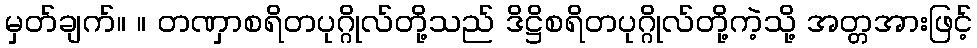
မှတ်ချက်။ ။ တဏှာစရိတပုဂ္ဂိုလ်တို့သည် ဒိဋ္ဌိစရိတပုဂ္ဂိုလ်တို့ကဲ့သို့ အတ္တအားဖြင့်